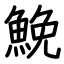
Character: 鮸